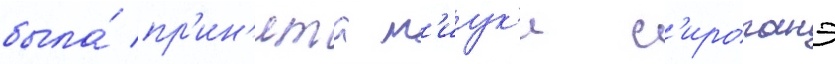
была́ пр'ин'ята м'иук'и с'ироганэ